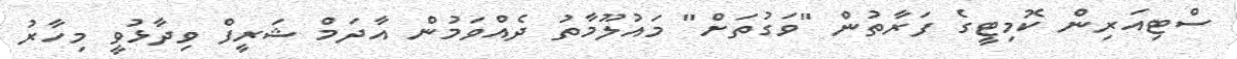
ސްޓިއަރިން ކޮމިޓީގެ ފަރާތުން "ވަގުތަށް" މައުލޫމާތު ދެއްވަމުން އާދަމް ޝަރީފް ވިދާޅުވީ މިހާރު